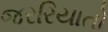
જરરિયાતો